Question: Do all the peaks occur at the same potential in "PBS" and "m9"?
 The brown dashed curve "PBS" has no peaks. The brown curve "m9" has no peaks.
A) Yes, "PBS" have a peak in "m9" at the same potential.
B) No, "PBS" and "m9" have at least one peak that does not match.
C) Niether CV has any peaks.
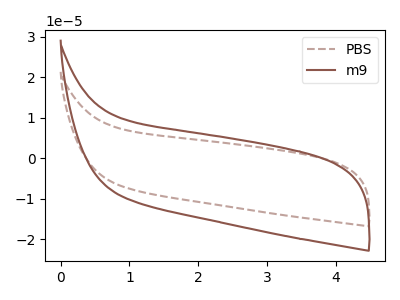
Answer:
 <answer>C) Niether CV has any peaks.</answer>
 <eval>C</eval>